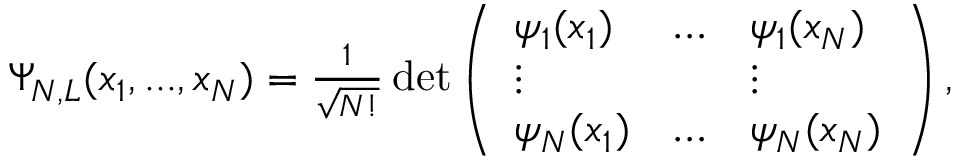
\begin{array} { r } { \Psi _ { N , L } ( x _ { 1 } , . . . , x _ { N } ) = \frac { 1 } { \sqrt { N ! } } \operatorname* { d e t } \left( \begin{array} { l l l } { \psi _ { 1 } ( x _ { 1 } ) } & { \ldots } & { \psi _ { 1 } ( x _ { N } ) } \\ { \vdots } & & { \vdots } \\ { \psi _ { N } ( x _ { 1 } ) } & { \ldots } & { \psi _ { N } ( x _ { N } ) } \end{array} \right) , } \end{array}